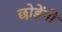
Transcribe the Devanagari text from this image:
छोड़ेंगी